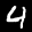
Label: 4